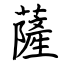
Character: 薩